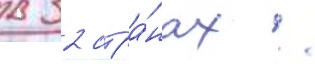
в 32 стра́нах /